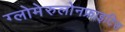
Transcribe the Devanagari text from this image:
ग्लोमेरुलोनफ्राइटिस